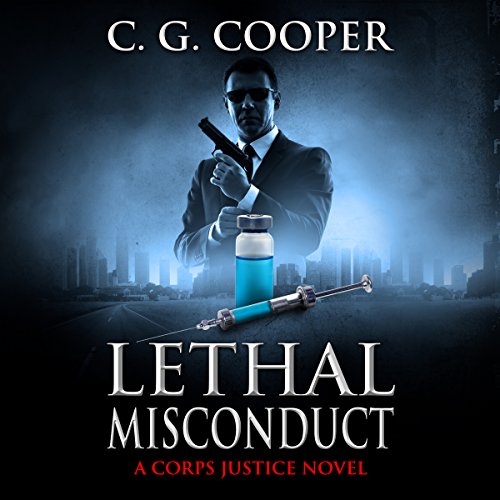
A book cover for Lethal Misconduct: Corps Justice, Book 6; C. G. Cooper; Mystery, Thriller & Suspense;